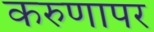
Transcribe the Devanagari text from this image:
करुणापर